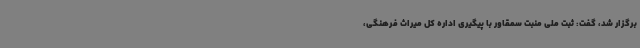
برگزار شد، گفت: ثبت ملی منبت سمقاور با پیگیری اداره کل میراث فرهنگی،